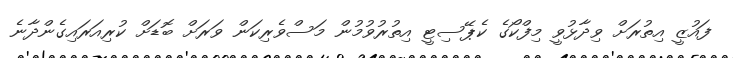
ފައުޒީ އިތުރަށް ވިދާޅުވީ މިފްކޯގެ ކެޕޭސިޓީ އިތުރުވުމުން މަސްވެރިކަން ވަރަށް ބޮޑަށް ކުރިއަރައިގެންދާނެ